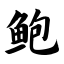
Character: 鲍